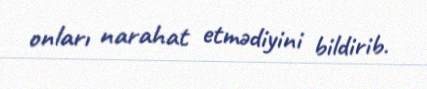
onları narahat etmədiyini bildirib.